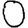
Digit: 0